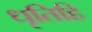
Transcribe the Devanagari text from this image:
धृतिहि